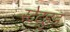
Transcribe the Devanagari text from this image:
स्टेटहुड